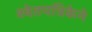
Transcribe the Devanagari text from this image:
श्वेतपत्रिकेने